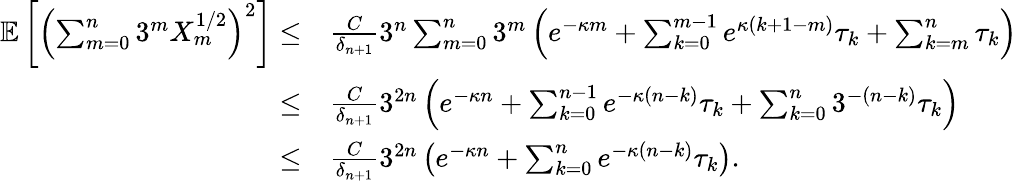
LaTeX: \begin{array}{rl}{\mathbb{E}\left[\left(\sum_{m=0}^{n}3^{m}X_{m}^{1/2}\right)^{2}\right]\leq}&{\frac{C}{\delta_{n+1}}3^{n}\sum_{m=0}^{n}3^{m}\left(e^{-\kappa m}+\sum_{k=0}^{m-1}e^{\kappa(k+1-m)}\tau_{k}+\sum_{k=m}^{n}\tau_{k}\right)}\\ {\leq}&{\frac{C}{\delta_{n+1}}3^{2n}\left(e^{-\kappa n}+\sum_{k=0}^{n-1}e^{-\kappa(n-k)}\tau_{k}+\sum_{k=0}^{n}3^{-(n-k)}\tau_{k}\right)}\\ {\leq}&{\frac{C}{\delta_{n+1}}3^{2n}\left(e^{-\kappa n}+\sum_{k=0}^{n}e^{-\kappa(n-k)}\tau_{k}\right).}\end{array}